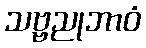
သဗ္ဗညုဘာဝံ